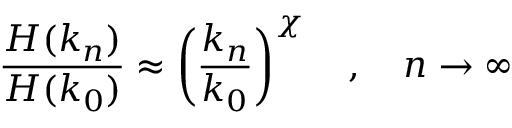
\frac { H ( k _ { n } ) } { H ( k _ { 0 } ) } \approx \left( \frac { k _ { n } } { k _ { 0 } } \right) ^ { \chi } \quad , \quad n \to \infty